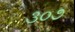
૩૦૭